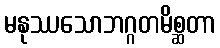
မနုဿသောဘဂ္ဂတမိစ္ဆတာ